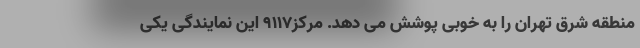
منطقه شرق تهران را به خوبی پوشش می دهد. مرکز9117 این نمایندگی یکی